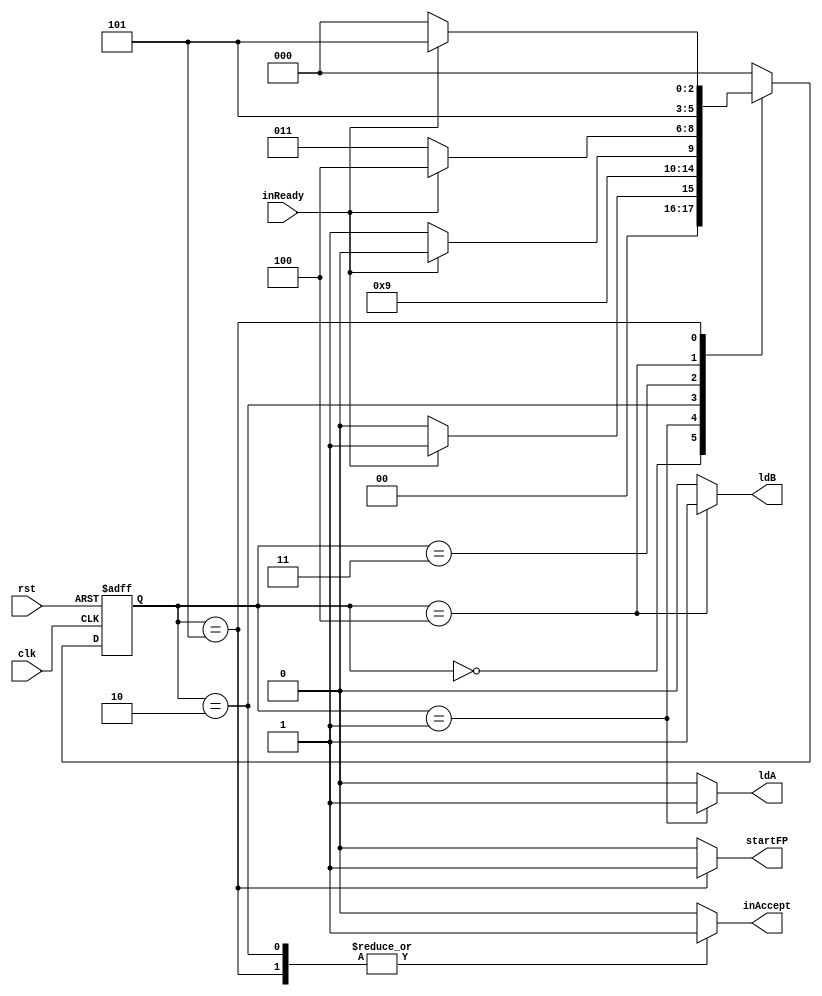
`timescale 1ns/1ns
module INwrapper_CONTROL(input clk,rst,inReady,output startFP,inAccept,ldA,ldB);
	reg startFP_temp,ldA_temp,ldB_temp,inAccept_temp;
	reg[2:0]ns,ps;
	parameter[2:0] Idle1=0,Load1=1,Check1=2,Idle2=3,Load2=4,Check2=5;
	always@(ps,inReady)begin
		ns=Idle1;
		{ldA_temp,ldB_temp,startFP_temp,inAccept_temp}=4'b0;
		case(ps)
		Idle1:ns=inReady?Load1:Idle1;
		Load1:begin ns=Check1; ldA_temp=1'b1; end
		Check1:begin ns=inReady?Check1:Idle2;inAccept_temp=1'b1;end
		Idle2:ns=inReady?Load2:Idle2;
		Load2:begin ns=Check2; ldB_temp=1'b1; end
		Check2:begin ns=inReady?Check2:Idle1;inAccept_temp=1'b1;startFP_temp=1'b1; end
		endcase
	end
	always@(posedge clk,posedge rst)begin
		if(rst) ps<=Idle1;
		else ps<=ns;
	end
	assign startFP=startFP_temp;
	assign ldA=ldA_temp;
	assign ldB=ldB_temp;
	assign inAccept=inAccept_temp;
endmodule